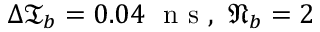
\Delta \mathfrak { T } _ { b } = 0 . 0 4 \ \mathrm { ~ n ~ s ~ } , \ \mathfrak { N } _ { b } = 2